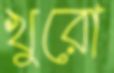
খুরো